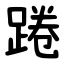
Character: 踡